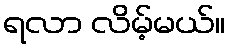
ရလာ လိမ့်မယ်။